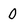
Character: O